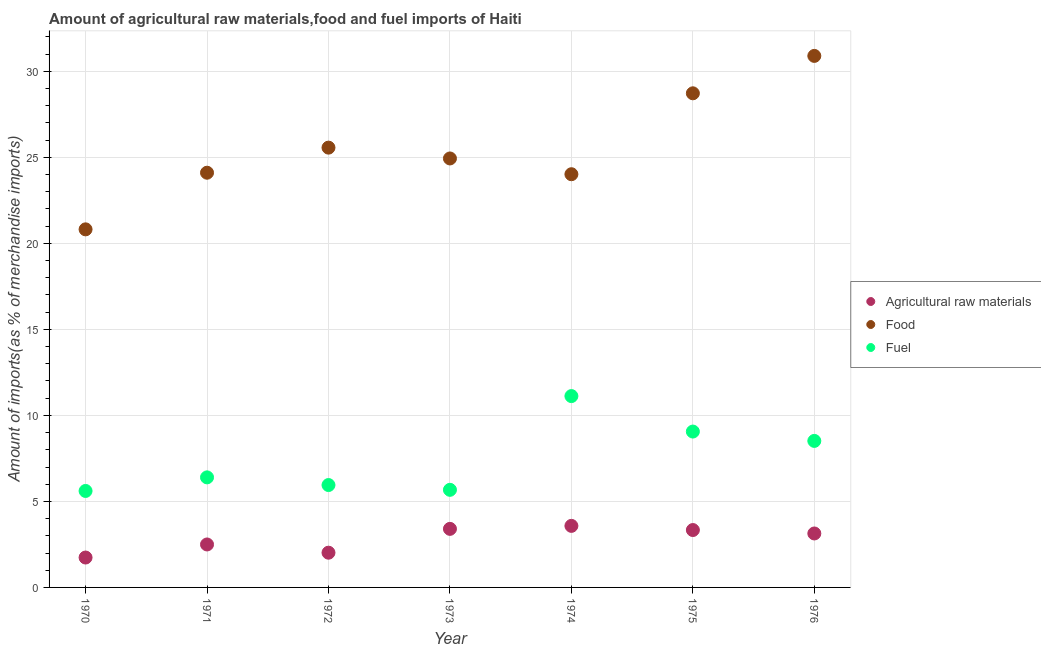
| Year | Agricultural raw materials | Food | Fuel |
 | --- | --- | --- | --- |
 | 1970 | 1.74 | 20.8 | 5.61 |
 | 1971 | 2.5 | 24.1 | 6.4 |
 | 1972 | 2.02 | 25.6 | 5.95 |
 | 1973 | 3.4 | 24.9 | 5.67 |
 | 1974 | 3.58 | 24 | 11.1 |
 | 1975 | 3.34 | 28.7 | 9.06 |
 | 1976 | 3.14 | 30.9 | 8.52 |